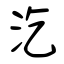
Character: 汔